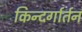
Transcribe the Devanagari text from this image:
किन्दर्गार्तन